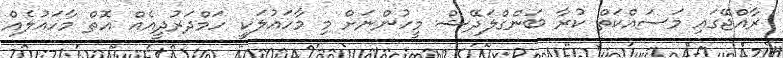
ރާއްޖޭގައި މަސައްކަތް ކުރާ ބަންގްލަދޭޝް މީހުންނަށް މި މާހައުލަކީ ހަމްދަރުދީއެއް އޮތް މާހައުލެއް